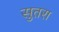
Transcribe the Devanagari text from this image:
सुतरा